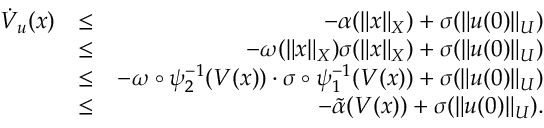
\begin{array} { r l r } { \dot { V } _ { u } ( x ) } & { \leq } & { - \alpha ( \| x \| _ { X } ) + \sigma ( \| u ( 0 ) \| _ { U } ) } \\ & { \leq } & { - \omega ( \| x \| _ { X } ) \sigma ( \| x \| _ { X } ) + \sigma ( \| u ( 0 ) \| _ { U } ) } \\ & { \leq } & { - \omega \circ \psi _ { 2 } ^ { - 1 } ( V ( x ) ) \cdot \sigma \circ \psi _ { 1 } ^ { - 1 } ( V ( x ) ) + \sigma ( \| u ( 0 ) \| _ { U } ) } \\ & { \leq } & { - \tilde { \alpha } ( V ( x ) ) + \sigma ( \| u ( 0 ) \| _ { U } ) . } \end{array}